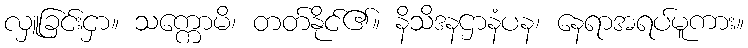
လှူခြင်းငှာ။ သက္ကောမိ၊ တတ်နိုင်၏။ နိသိဒနဌာနံပန၊ နေရာအရပ်မူကား။